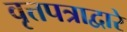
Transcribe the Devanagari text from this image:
वृत्तपत्राद्वारे